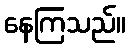
နေကြသည်။